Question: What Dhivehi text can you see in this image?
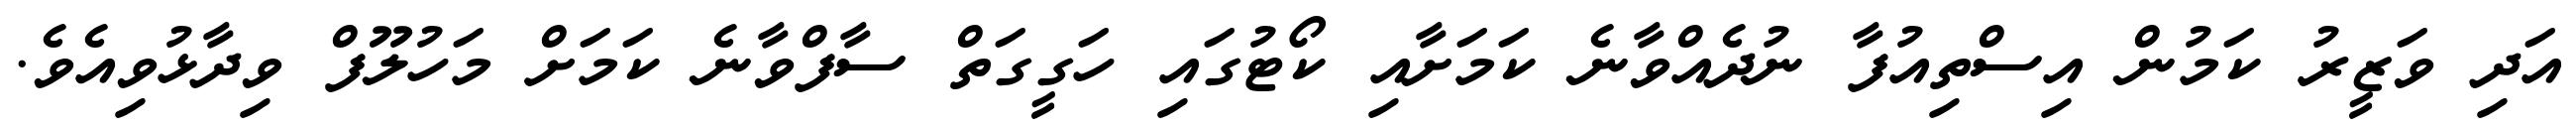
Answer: އަދި ވަޒީރު ކަމުން އިސްތިއުފާ ނުދެއްވާނެ ކަމަށާއި ކޯޓުގައި ހަގީގަތް ސާފްވާނެ ކަމަށް މަހުލޫފް ވިދާޅުވިއެވެ.